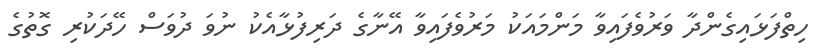
ހިތްފަޅައިގެންދާ ވަރުވެފައިވާ މަންމައަކު މަރުވެފައިވާ އޭނާގެ ދަރިފުޅާއެކު ނުވަ ދުވަސް ހޭދަކުރި ގޮތުގެ